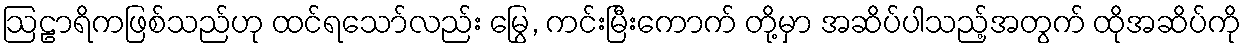
ဩဠာရိကဖြစ်သည်ဟု ထင်ရသော်လည်း မြွေ, ကင်းမြီးကောက် တို့မှာ အဆိပ်ပါသည့်အတွက် ထိုအဆိပ်ကို